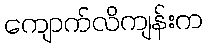
ကျောက်လိကျန်းက